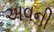
અવની